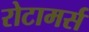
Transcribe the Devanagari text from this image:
रोटामर्स